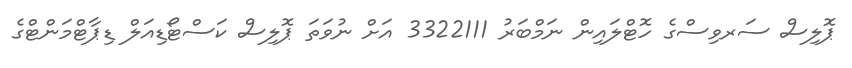
ޕޮލިސް ސަރވިސްގެ ހޮޓްލައިން ނަމްބަރު 3322111 އަށް ނުވަތަ ޕޮލިސް ކަސްޓޯޑިއަލް ޑިޕާޓްމަންޓްގެ